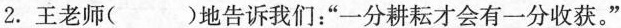
2.王老师()地告诉我们”一分耕耘才会有一分收获。”